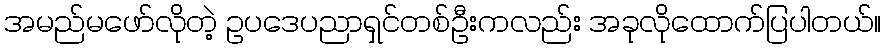
အမည်မဖော်လိုတဲ့ ဥပဒေပညာရှင်တစ်ဦးကလည်း အခုလိုထောက်ပြပါတယ်။